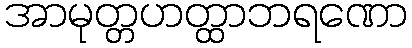
အာမုတ္တဟတ္ထာဘရဏော